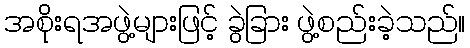
အစိုးရအဖွဲ့များဖြင့် ခွဲခြား ဖွဲ့စည်းခဲ့သည်။